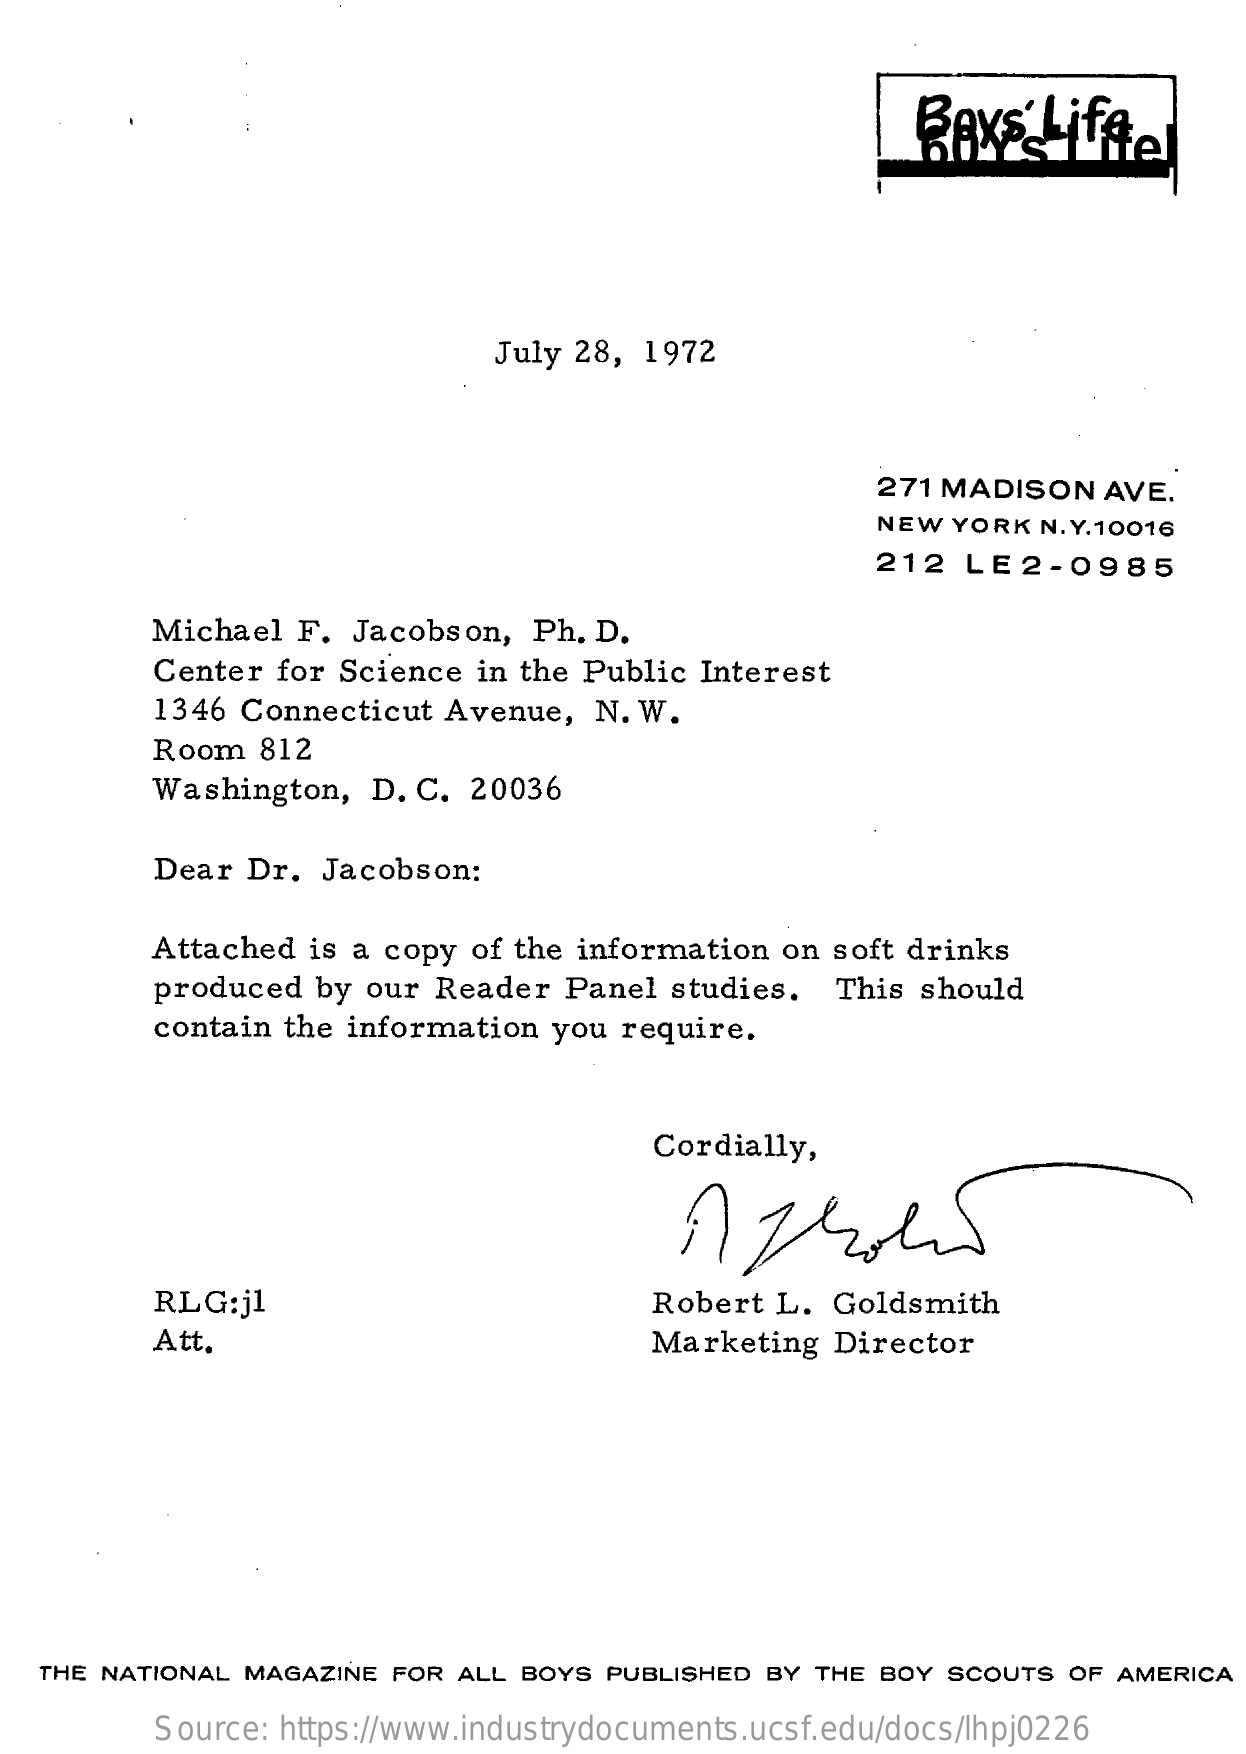
Baxs  Liffe
     July 28, 1972
     271 MADISON AVE.
     NEW YORK N. Y.10016
     212  LE2-0985
     Michael F. Jacobson, Ph. D.
     Center for Science in the Public Interest
     1346 Connecticut Avenue, N. W.
     Room 812
     Washington, D. C. 20036
     Dear Dr. Jacobson:
     Attached is a copy of the information on soft drinks
     produced by our Reader Panel studies. This should
     contain the information you require.
     Cordially,
     RLG:jl    Robert L. Goldsmith
     Att.    Marketing Director
  THE NATIONAL MAGAZINE FOR ALL BOYS PUBLISHED BY THE BOY SCOUTS OF AMERICA
     Source: https://www.industrydocuments.ucsf.edu/docs/lhpj0226